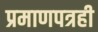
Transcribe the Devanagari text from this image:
प्रमाणपत्रही